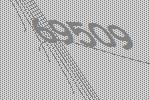
69509